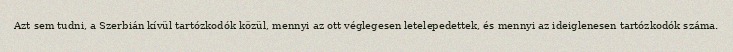
Azt sem tudni, a Szerbián kívül tartózkodók közül, mennyi az ott véglegesen letelepedettek, és mennyi az ideiglenesen tartózkodók száma.